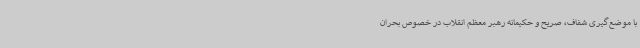
با موضع‌گیری شفاف، صریح و حکیمانه رهبر معظم انقلاب در خصوص بحران